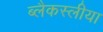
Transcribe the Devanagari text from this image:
ब्लैकस्लीया